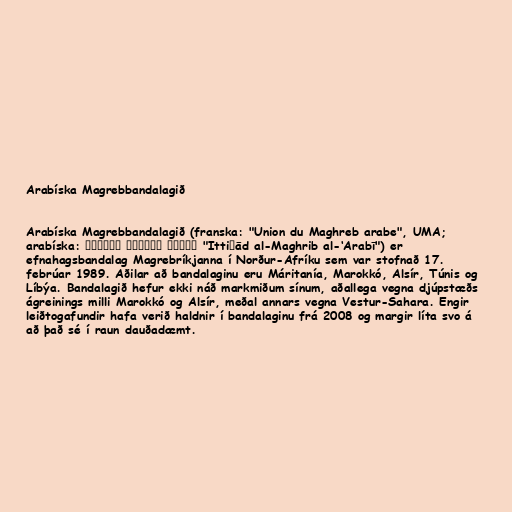
Arabíska Magrebbandalagið

Arabíska Magrebbandalagið (franska: "Union du Maghreb arabe", UMA;
arabíska: اتحاد المغرب العربي‎‎ "Ittiḥād al-Maghrib al-‘Arabī") er
efnahagsbandalag Magrebríkjanna í Norður-Afríku sem var stofnað 17.
febrúar 1989. Aðilar að bandalaginu eru Máritanía, Marokkó, Alsír, Túnis og
Líbýa. Bandalagið hefur ekki náð markmiðum sínum, aðallega vegna djúpstæðs
ágreinings milli Marokkó og Alsír, meðal annars vegna Vestur-Sahara. Engir
leiðtogafundir hafa verið haldnir í bandalaginu frá 2008 og margir líta svo á
að það sé í raun dauðadæmt.